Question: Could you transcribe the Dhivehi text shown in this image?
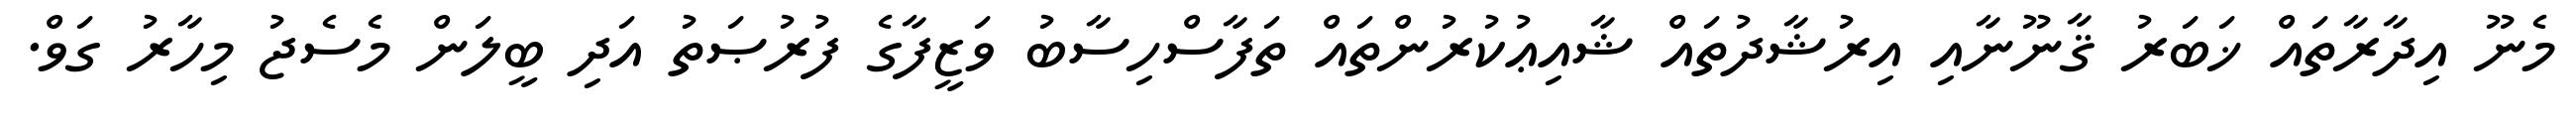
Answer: މެނޫ އިދާރާތައް ޚަބަރު ޤާނޫނާއި އިރުޝާދުތައް ޝާއިޢުކުރުންތައް ތަފާސްހިސާބު ވަޒީފާގެ ފުރުޞަތު އަދި ބީލަން މެސެޖު މިހާރު ގަވް.